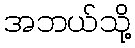
အဘယ်သို့